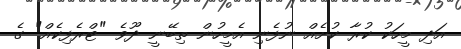
އަދި މީހަކު ކުރާ ކުށެއް ނުފެނި އެމީހުން ތިބޭނީ ދޫވެ "ޓްރެފިކެއް" ގެ